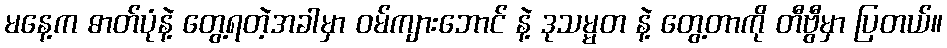
မနေ့က ဓာတ်ပုံနဲ့ တွေ့ရတဲ့အခါမှာ ဝမ်ကျားဘောင် နဲ့ ဒုသမ္မတ နဲ့ တွေ့တာကို တီဗွီမှာ ပြတယ်။